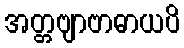
အတ္တဗျာဗာဓာယပိ